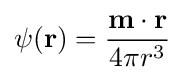
\psi ({\mathbf {r} })={\frac {{\mathbf {m} }\cdot {\mathbf {r} }}{4\pi r^{3}}}